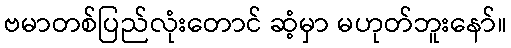
ဗမာတစ်ပြည်လုံးတောင် ဆံ့မှာ မဟုတ်ဘူးနော်။